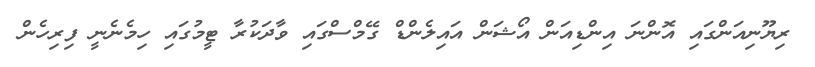
ރިޔޫނިއަންގައި އޮންނަ އިންޑިއަން އޯޝަން އައިލެންޑް ގޭމްސްގައި ވާދަކުރާ ޓީމުގައި ހިމެނެނީ ފިރިހެން